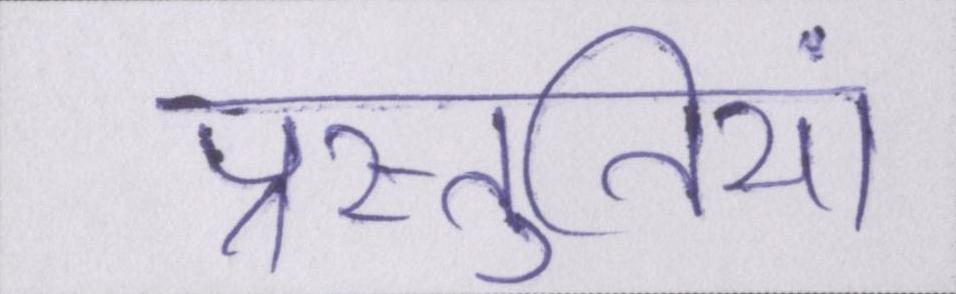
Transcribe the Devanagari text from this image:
प्रस्तुतियां